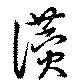
讃